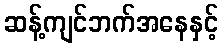
ဆန့်ကျင်ဘက်အနေနှင့်